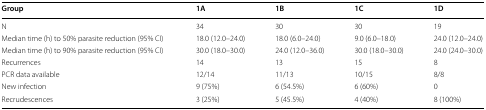
| Group | 1A | 1B | 1C | 1D |
 | --- | --- | --- | --- | --- |
 | N | 34 | 30 | 30 | 19 |
 | Median time (h) to 50% parasite reduction (95% CI) | 18.0 (12.0–24.0) | 18.0 (6.0–24.0) | 9.0 (6.0–18.0) | 24.0 (12.0–24.0) |
 | Median time (h) to 90% parasite reduction (95% CI) | 30.0 (18.0–30.0) | 24.0 (12.0–36.0) | 30.0 (18.0–30.0) | 24.0 (24.0–30.0) |
 | Recurrences | 14 | 13 | 15 | 8 |
 | PCR data available | 12/14 | 11/13 | 10/15 | 8/8 |
 | New infection | 9 (75%) | 6 (54.5%) | 6 (60%) | 0 |
 | Recrudescences | 3 (25%) | 5 (45.5%) | 4 (40%) | 8 (100%) |